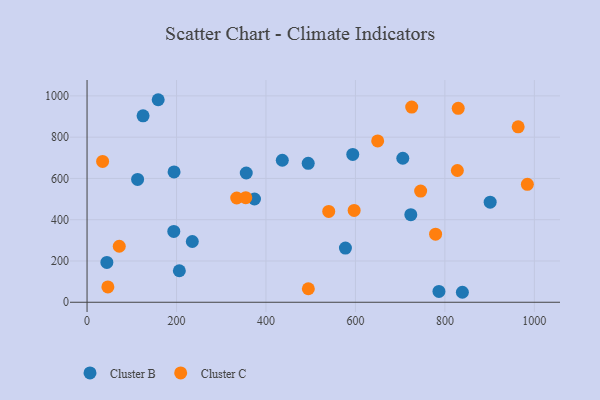
{"axis": {"x": "Engine Size", "y": "Demand"}, "legend": ["Cluster B", "Cluster C"], "data": [{"x": "494.4", "y": 673.4, "type": "Cluster B"}, {"x": "374.3", "y": 500.4, "type": "Cluster B"}, {"x": "786.7", "y": 52.7, "type": "Cluster B"}, {"x": "436.5", "y": 688.1, "type": "Cluster B"}, {"x": "44.3", "y": 193.0, "type": "Cluster B"}, {"x": "159.0", "y": 981.4, "type": "Cluster B"}, {"x": "235.3", "y": 294.5, "type": "Cluster B"}, {"x": "839.1", "y": 48.4, "type": "Cluster B"}, {"x": "594.0", "y": 716.3, "type": "Cluster B"}, {"x": "125.2", "y": 903.3, "type": "Cluster B"}, {"x": "193.9", "y": 343.3, "type": "Cluster B"}, {"x": "723.8", "y": 424.4, "type": "Cluster B"}, {"x": "705.9", "y": 697.9, "type": "Cluster B"}, {"x": "194.5", "y": 631.4, "type": "Cluster B"}, {"x": "113.0", "y": 595.0, "type": "Cluster B"}, {"x": "206.3", "y": 152.8, "type": "Cluster B"}, {"x": "901.2", "y": 484.8, "type": "Cluster B"}, {"x": "577.6", "y": 262.7, "type": "Cluster B"}, {"x": "355.9", "y": 626.4, "type": "Cluster B"}, {"x": "649.7", "y": 781.9, "type": "Cluster C"}, {"x": "745.8", "y": 538.9, "type": "Cluster C"}, {"x": "334.6", "y": 505.1, "type": "Cluster C"}, {"x": "540.3", "y": 440.4, "type": "Cluster C"}, {"x": "725.8", "y": 945.8, "type": "Cluster C"}, {"x": "34.8", "y": 682.3, "type": "Cluster C"}, {"x": "46.5", "y": 74.4, "type": "Cluster C"}, {"x": "963.8", "y": 850.0, "type": "Cluster C"}, {"x": "72.0", "y": 271.5, "type": "Cluster C"}, {"x": "597.1", "y": 445.2, "type": "Cluster C"}, {"x": "779.2", "y": 329.8, "type": "Cluster C"}, {"x": "829.8", "y": 939.5, "type": "Cluster C"}, {"x": "984.4", "y": 571.7, "type": "Cluster C"}, {"x": "354.8", "y": 506.9, "type": "Cluster C"}, {"x": "494.7", "y": 65.4, "type": "Cluster C"}, {"x": "827.9", "y": 638.5, "type": "Cluster C"}]}